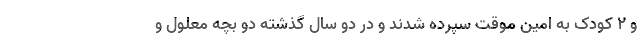
و ۲ کودک به امین موقت سپرده شدند و در دو سال گذشته دو بچه معلول و